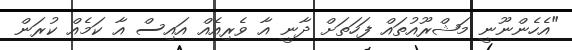
"އެހެންނޫނީ މަޝްރޫއުތައް ފަހަތަށް ދާނީ އާ ވެރިއެއް އައިސް އާ ކަމެއް ކުރަން